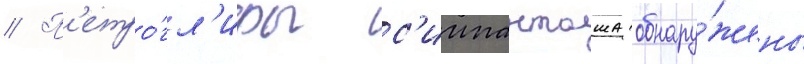
// П'етро́гл'ифы с'иипанташа обнару́жены